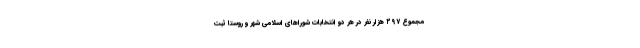
مجموع ۲۹۷ هزار نفر در هر دو انتخابات شوراهای اسلامی شهر و روستا ثبت